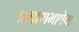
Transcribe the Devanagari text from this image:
प्रमाणभाषेचा